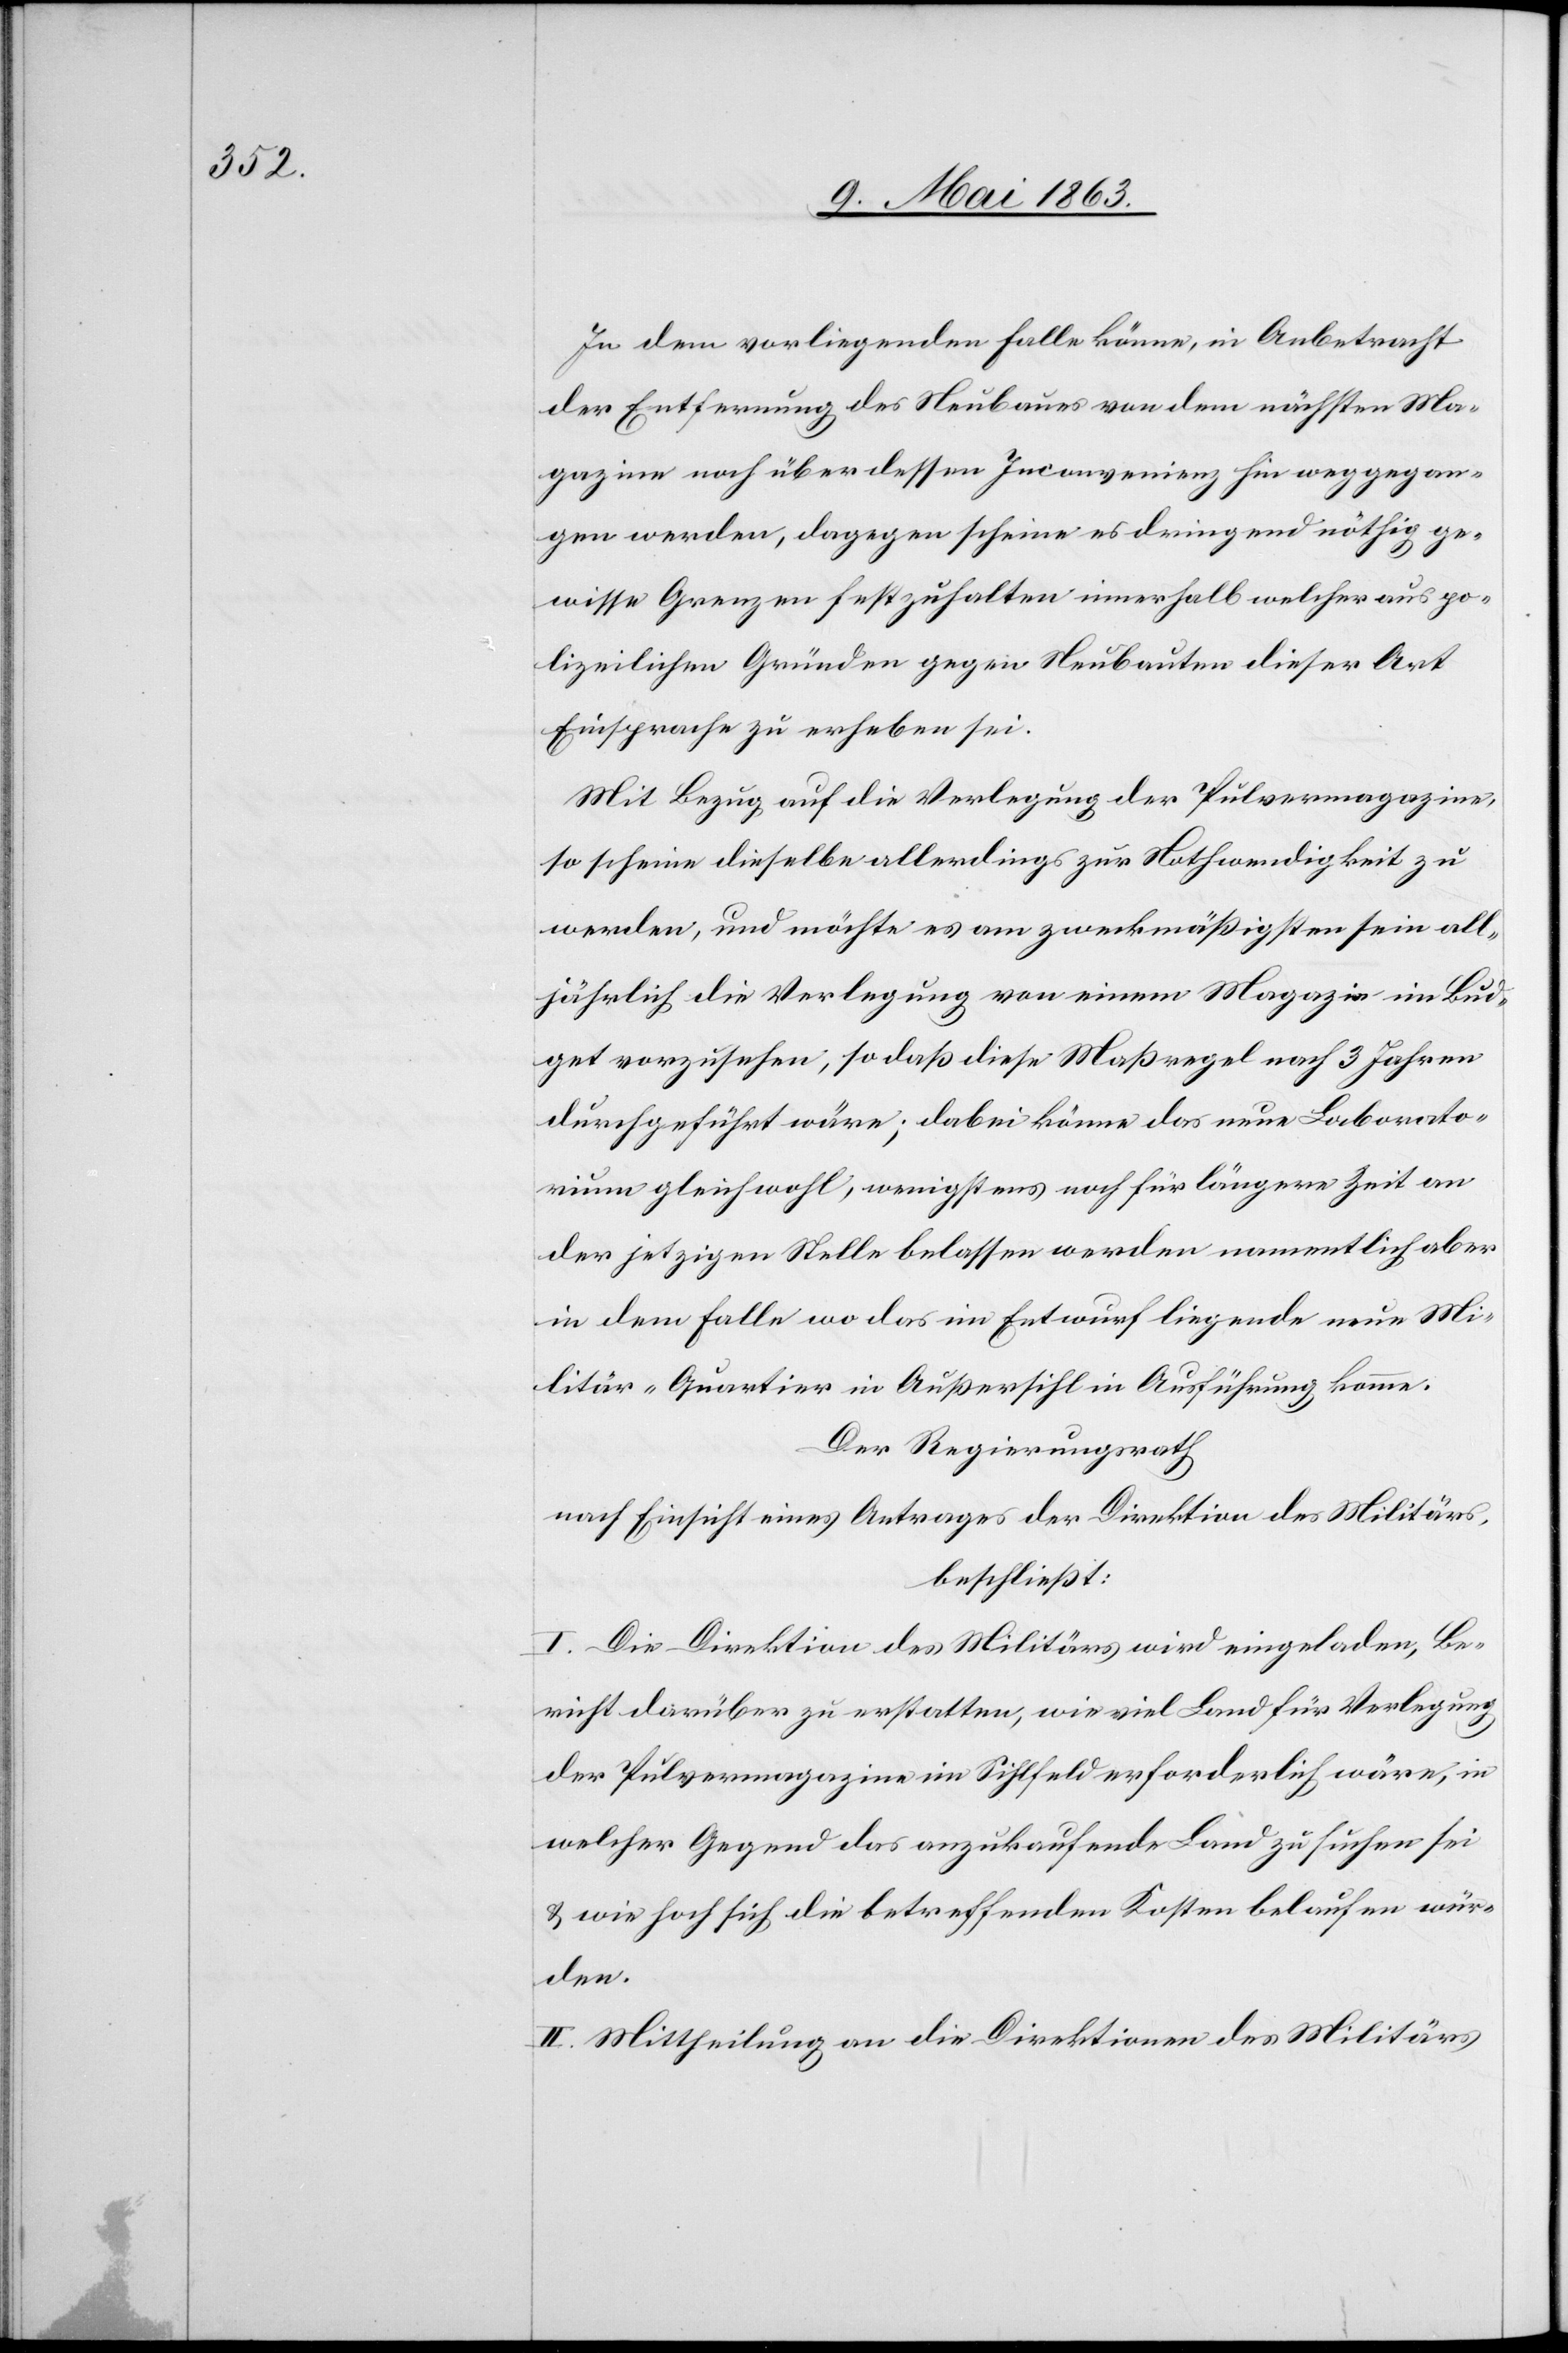
In dem vorliegenden Falle könne, in Anbetracht
der Entfernung des Neubaues von dem nächsten Ma¬
gazine noch über dessen Inconvenienz hin weggegan¬
gen werden, dagegen scheine es dringend nöthig ge¬
wisse Grenzen festzuhalten innerhalb welcher aus po¬
lizeilichen Gründen gegen Neubauten dieser Art
Einsprache zu erheben sei.
Mit Bezug auf die Verlegung der Pulvermagazine,
so scheine dieselbe allerdings zur Nothwendigkeit zu
werden, und möchte es am zweckmäßigsten sein all¬
jährlich die Verlegung von einem Magazin im Bud¬
get vorzusehen, so daß diese Maßregel nach 3 Jahren
durchgeführt wäre; dabei könne das neue Laborato¬
rium gleichzeitig, wenigstens noch für längere Zeit an
der jetzigen Stelle belassen werden namentlich aber
in dem Falle wo das im Entwurf liegende neue Mi¬
litär-Quartier in Außersihl in Ausführung komme.
Der Regierungsrath
nach Einsicht eines Antrages der Direktion des Militärs,
beschließt:
I. Die Direktion des Militärs wird eingeladen, Be¬
richt darüber zu erstatten, wie viel Land für Verlegung
der Pulvermagazine im Sihlfeld erforderlich wäre, in
welcher Gegend das anzukaufende Land zu suchen sei
& wie hoch sich die betreffenden Kosten belaufen wür¬
den.
II. Mittheilung an die Direktionen des Militärs